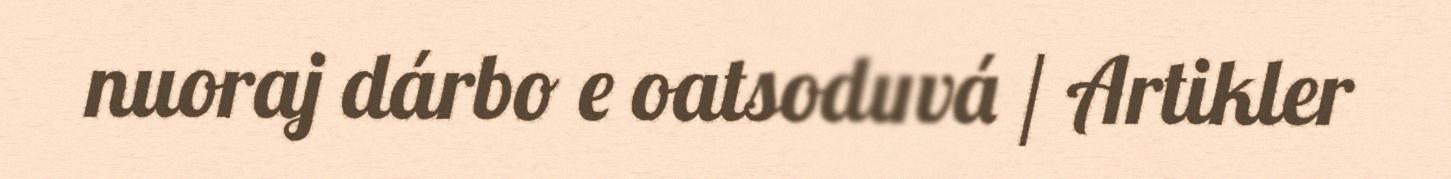
nuoraj dárbo e oatsoduvá / Artikler